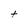
Character: t